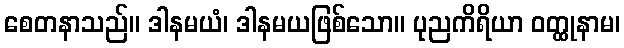
စေတနာသည်။ ဒါနမယံ၊ ဒါနမယဖြစ်သော။ ပုညကိရိယာ ဝတ္ထုနာမ၊